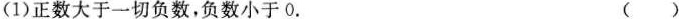
(1)正数大于一切负数，负数小于0. ()